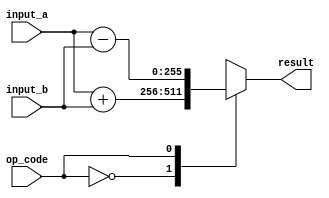
module triple_precision_fpu (
    input wire [255:0] input_a,
    input wire [255:0] input_b,
    input wire op_code,
    output reg [255:0] result
);

// Operations
always @ (input_a, input_b, op_code)
begin
    case (op_code)
        2'b00: result = input_a + input_b; // Addition
        2'b01: result = input_a - input_b; // Subtraction
        2'b10: result = input_a * input_b; // Multiplication
        2'b11: result = input_a / input_b; // Division
    endcase
end

endmodule